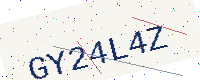
Text: GY24L4Z